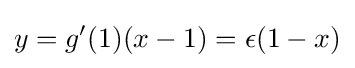
y=g'(1)(x-1)=\epsilon (1-x)